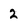
Character: 2